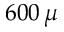
6 0 0 \, \mu